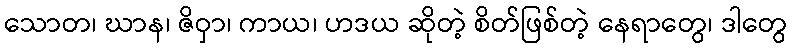
သောတ၊ ဃာန၊ ဇိဝှာ၊ ကာယ၊ ဟဒယ ဆိုတဲ့ စိတ်ဖြစ်တဲ့ နေရာတွေ၊ ဒါတွေ